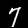
Digit: 7